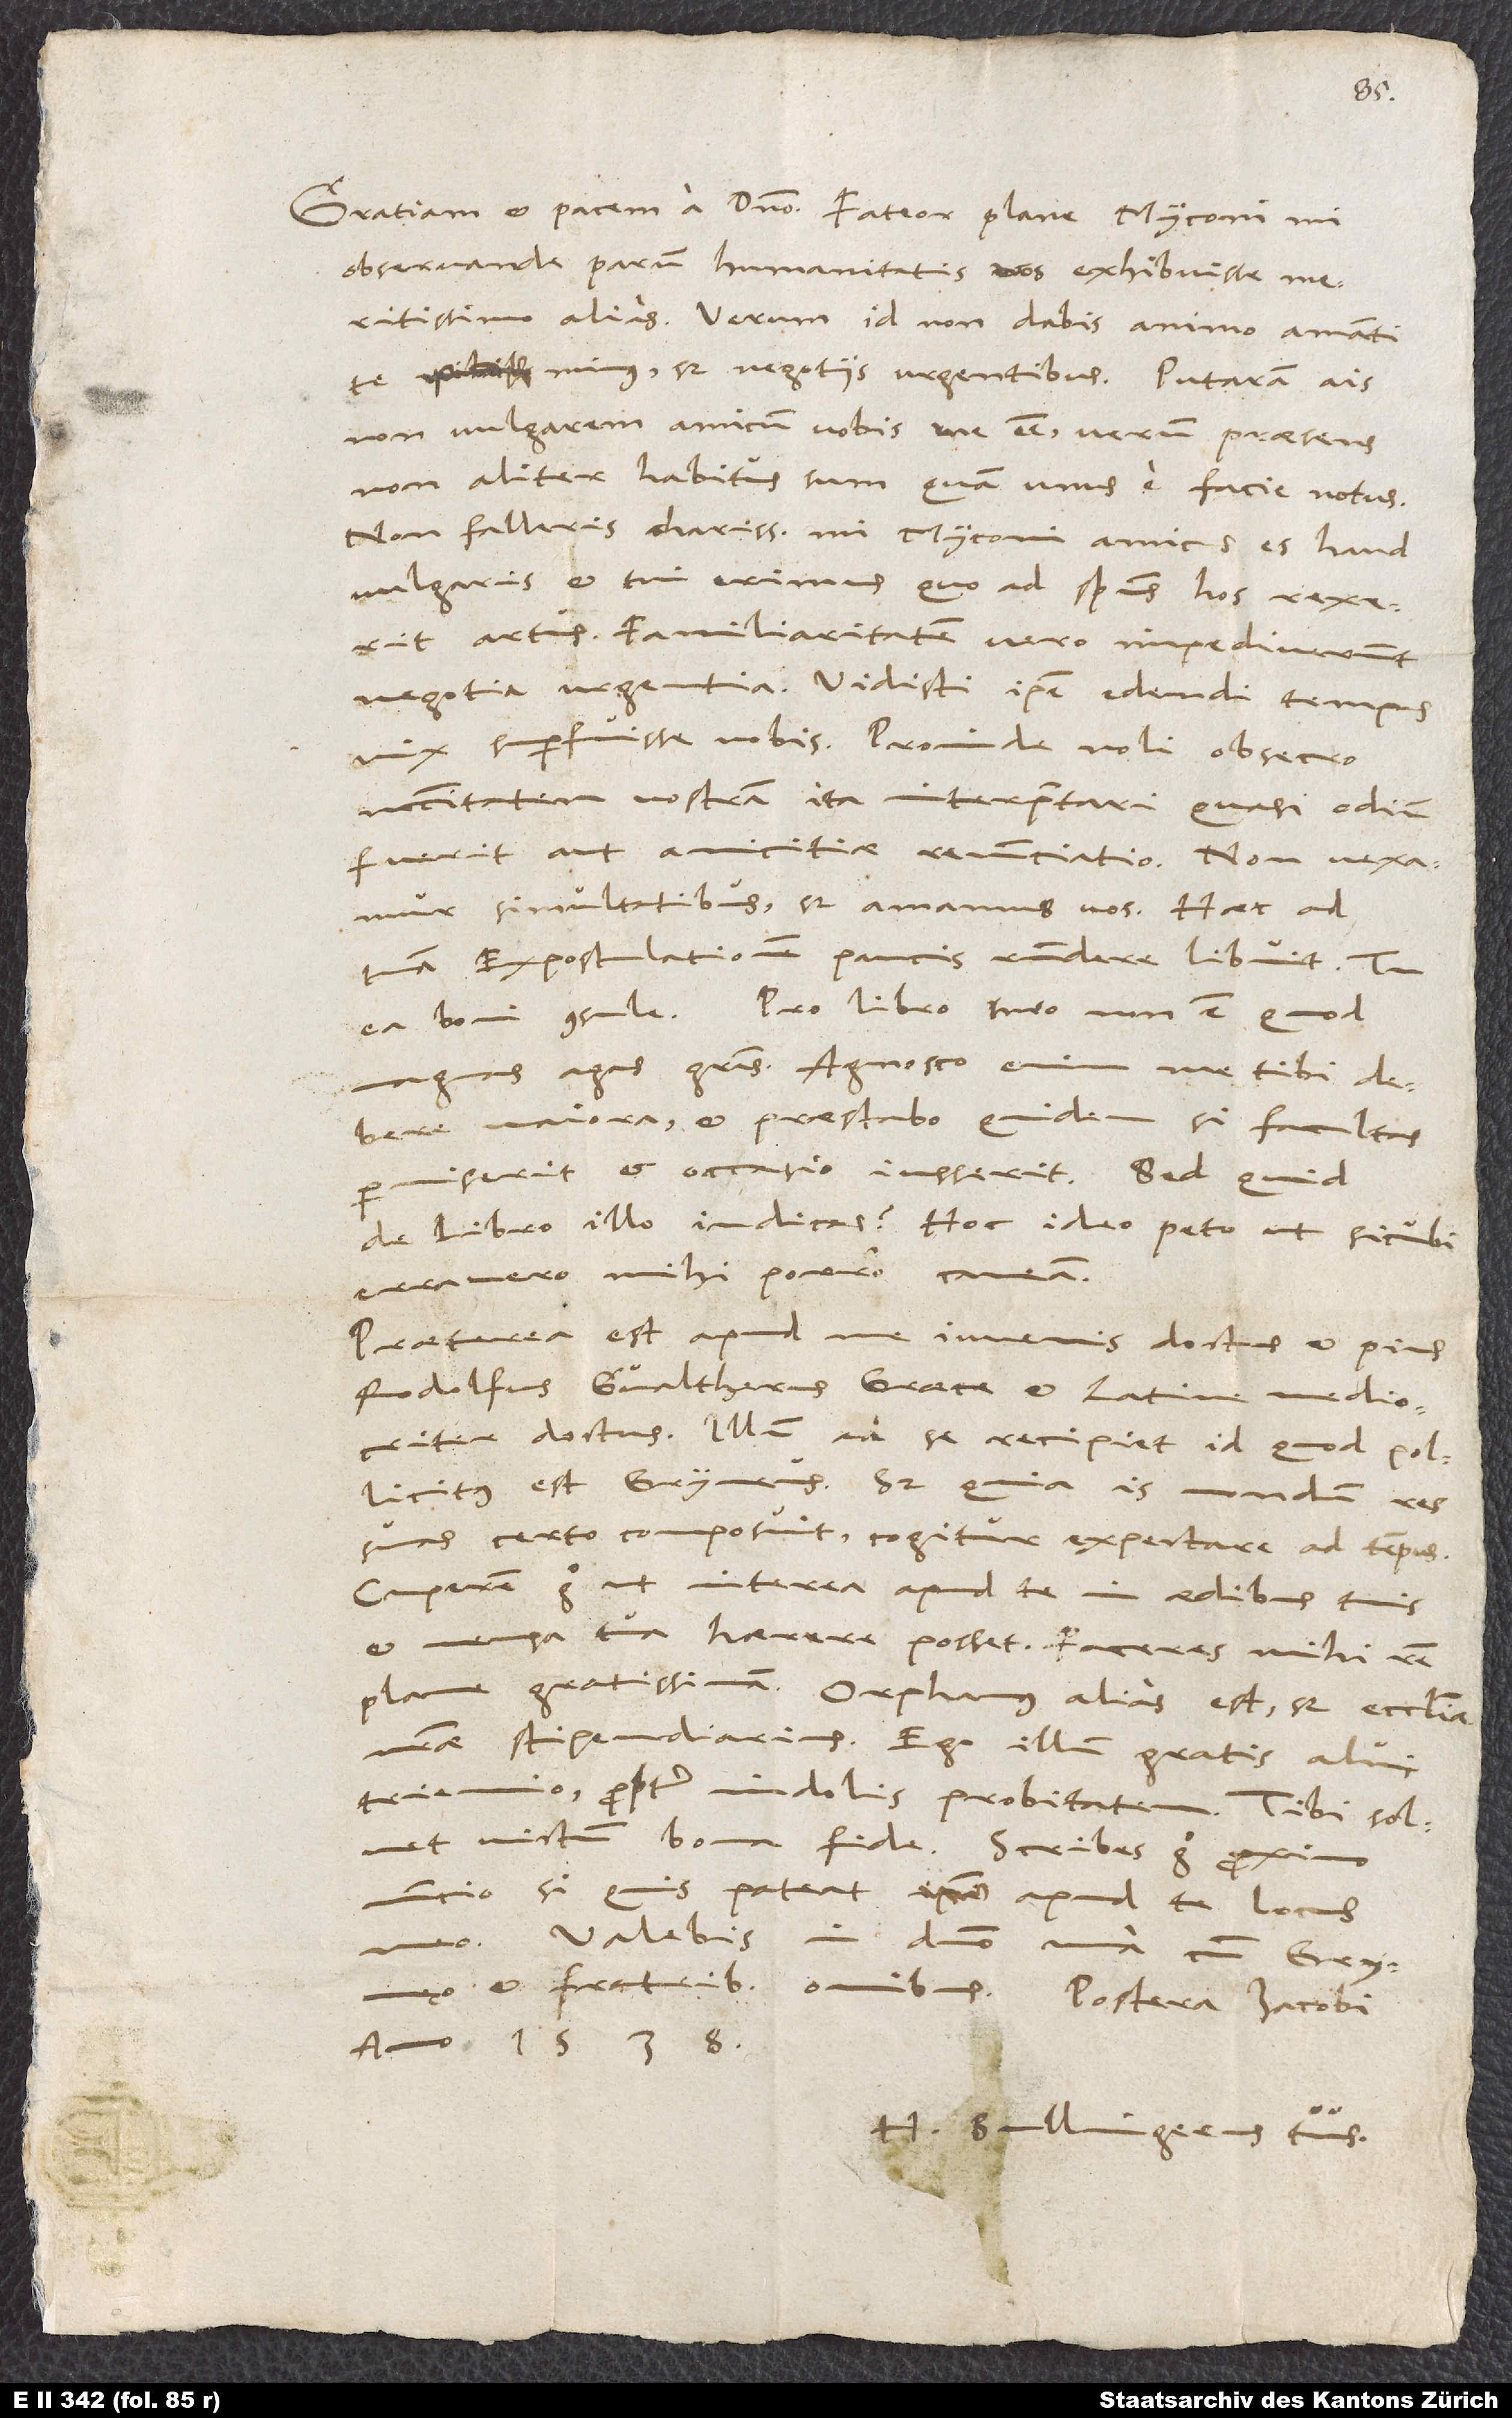
observande, parum humanitatis nos exhibuisse
meritissimo alias. Verum id non dabis animo amanti
minus, sed negotiis urgentibus. „Putaram“, ais,
„non vulgarem amicum vobis me esse, verum praesens
non aliter habitus sum quam unus e facie notus.“
Non falleris, charissime mi Myconi; amicus es haud
vulgaris et tui erimus, quo ad spiritus hos rexerit
artus. Familiaritatem vero impediverunt
negotia urgentia. Vidisti ipse edendi tempus
vix superfuisse nobis. Proinde noli, obsecro,
necessitatem nostram ita interpretari, quasi odium
simultatibus, sed amamus vos. Haec ad
tuam expostulationem paucis respondere libuit. Tu
magnas agas gratias. Agnosco enim me tibi
maiora, et praestabo quidem, si facultas
de libro illo iudicas? Hoc ideo peto, ut, sicubi
erravero, mihi porro caveam.
Praeterea est apud me iuvenis doctus et pius,
Rodolfus Gvaltherus, Graece et Latine mediocriter
doctus. Illum ad se recipiet, id quod pollicitus
est, Gryneus. Sed quia is nondum res
suas certo composuit, cogitur expectare ad tempus.
Cuperem ergo, ut interea apud te in aedibus tuis
et mensa tua haerere posset. Faceres mihi rem
plane gratissimam. Orphanus alias est, sed ecclesiae
nostrae stipendiarius. Ego illum gratis alui
triennio propter indolis probitatem. Tibi solvet
victum bona fide. Scribes ergo proximo
nuncio, si quis pateat apud te locus
Valebis in domino una cum Grynęo
et fratribus omnibus. Postera Iacobi
anno 1538.
H. Bullingerus tuus.